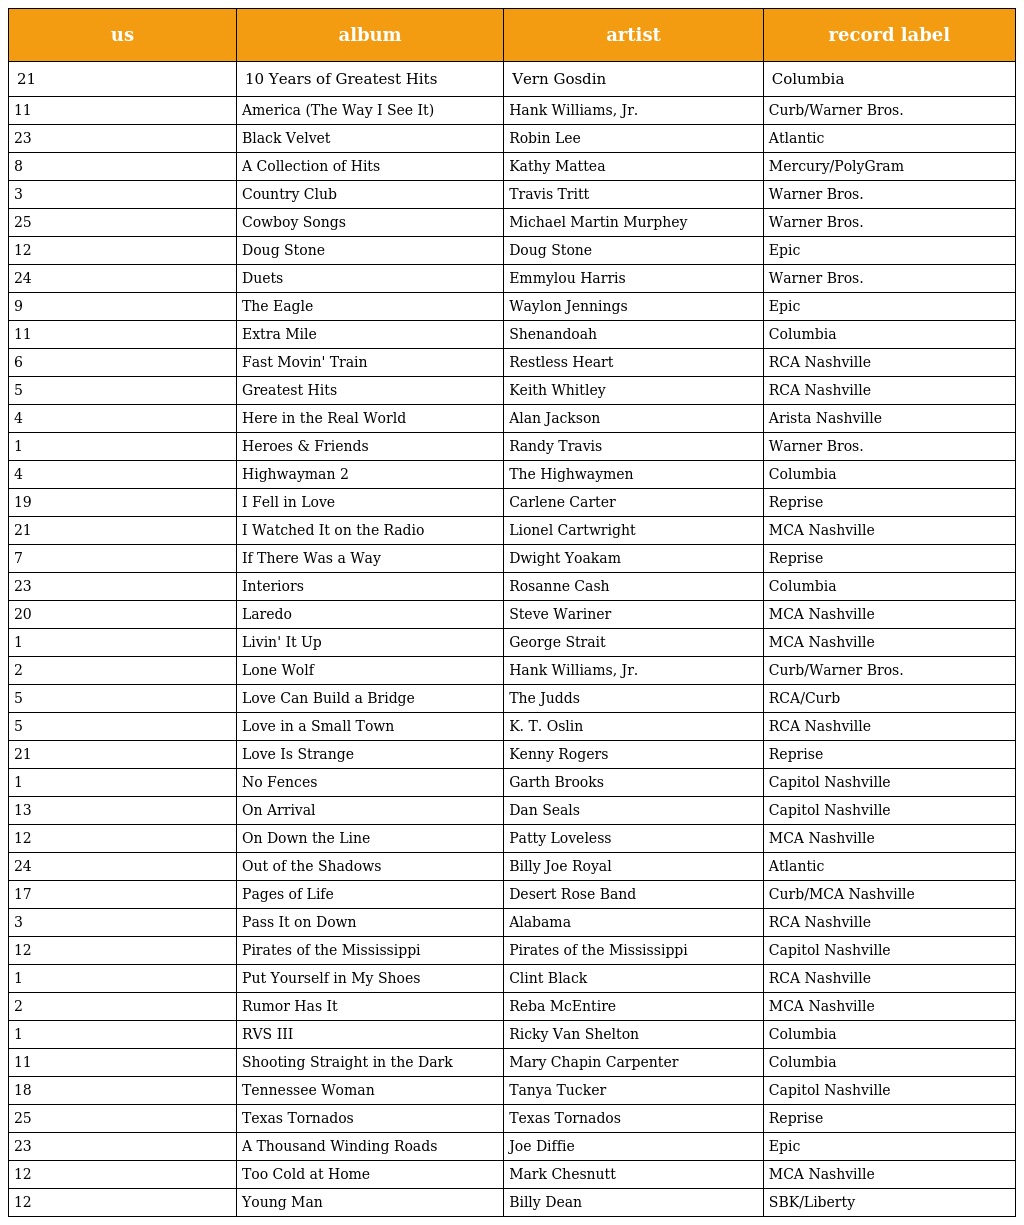
| us | album | artist | record label |
 | --- | --- | --- | --- |
 | 21 | 10 Years of Greatest Hits | Vern Gosdin | Columbia |
 | 11 | America (The Way I See It) | Hank Williams, Jr. | Curb/Warner Bros. |
 | 23 | Black Velvet | Robin Lee | Atlantic |
 | 8 | A Collection of Hits | Kathy Mattea | Mercury/PolyGram |
 | 3 | Country Club | Travis Tritt | Warner Bros. |
 | 25 | Cowboy Songs | Michael Martin Murphey | Warner Bros. |
 | 12 | Doug Stone | Doug Stone | Epic |
 | 24 | Duets | Emmylou Harris | Warner Bros. |
 | 9 | The Eagle | Waylon Jennings | Epic |
 | 11 | Extra Mile | Shenandoah | Columbia |
 | 6 | Fast Movin' Train | Restless Heart | RCA Nashville |
 | 5 | Greatest Hits | Keith Whitley | RCA Nashville |
 | 4 | Here in the Real World | Alan Jackson | Arista Nashville |
 | 1 | Heroes & Friends | Randy Travis | Warner Bros. |
 | 4 | Highwayman 2 | The Highwaymen | Columbia |
 | 19 | I Fell in Love | Carlene Carter | Reprise |
 | 21 | I Watched It on the Radio | Lionel Cartwright | MCA Nashville |
 | 7 | If There Was a Way | Dwight Yoakam | Reprise |
 | 23 | Interiors | Rosanne Cash | Columbia |
 | 20 | Laredo | Steve Wariner | MCA Nashville |
 | 1 | Livin' It Up | George Strait | MCA Nashville |
 | 2 | Lone Wolf | Hank Williams, Jr. | Curb/Warner Bros. |
 | 5 | Love Can Build a Bridge | The Judds | RCA/Curb |
 | 5 | Love in a Small Town | K. T. Oslin | RCA Nashville |
 | 21 | Love Is Strange | Kenny Rogers | Reprise |
 | 1 | No Fences | Garth Brooks | Capitol Nashville |
 | 13 | On Arrival | Dan Seals | Capitol Nashville |
 | 12 | On Down the Line | Patty Loveless | MCA Nashville |
 | 24 | Out of the Shadows | Billy Joe Royal | Atlantic |
 | 17 | Pages of Life | Desert Rose Band | Curb/MCA Nashville |
 | 3 | Pass It on Down | Alabama | RCA Nashville |
 | 12 | Pirates of the Mississippi | Pirates of the Mississippi | Capitol Nashville |
 | 1 | Put Yourself in My Shoes | Clint Black | RCA Nashville |
 | 2 | Rumor Has It | Reba McEntire | MCA Nashville |
 | 1 | RVS III | Ricky Van Shelton | Columbia |
 | 11 | Shooting Straight in the Dark | Mary Chapin Carpenter | Columbia |
 | 18 | Tennessee Woman | Tanya Tucker | Capitol Nashville |
 | 25 | Texas Tornados | Texas Tornados | Reprise |
 | 23 | A Thousand Winding Roads | Joe Diffie | Epic |
 | 12 | Too Cold at Home | Mark Chesnutt | MCA Nashville |
 | 12 | Young Man | Billy Dean | SBK/Liberty |